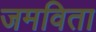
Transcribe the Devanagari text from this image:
जमविता